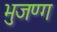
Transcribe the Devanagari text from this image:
भुजण्ग